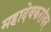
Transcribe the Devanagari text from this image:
महादेवकरांवर